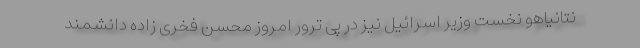
نتانیاهو نخست وزیر اسرائیل نیز در پی ترور امروز محسن فخری زاده دانشمند